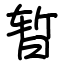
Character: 暂